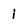
Character: i